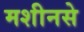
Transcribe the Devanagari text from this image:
मशीनसे